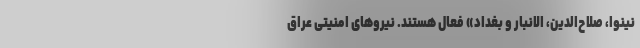
نینوا، صلاح‌الدین، الانبار و بغداد» فعال هستند. نیروهای امنیتی عراق